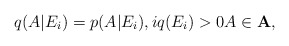
\begin{align*}q(A|E_i)=p(A|E_i), i q(E_i)>0 A\in {\bf A},\end{align*}